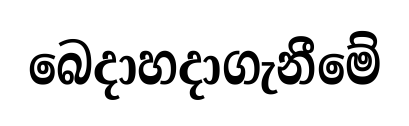
බෙදාහදාගැනීමේ